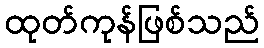
ထုတ်ကုန်ဖြစ်သည်